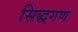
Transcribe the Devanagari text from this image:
सिद्धगण